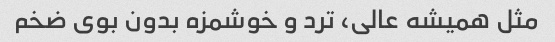
مثل همیشه عالی، ترد و خوشمزه بدون بوی ضخم